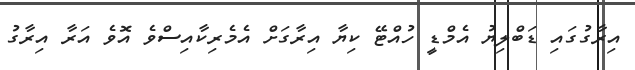
އިރާގުގައި ޑަބްލިޔު އެމްޑީ ހުއްޓޭ ކިޔާ އިރާގަށް އެމެރިކާއިސްވެ އޮވެ އަރާ އިރާގު